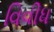
વિવીધ